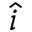
\Hat { i }